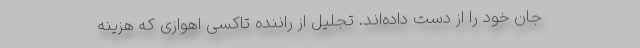
جان خود را از دست داده‌اند. تجلیل از راننده تاکسی اهوازی که هزینه